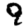
Digit: 9